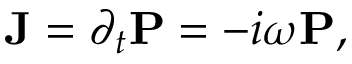
{ \bf J } = \partial _ { t } { \bf P } = - i \omega { \bf P } ,